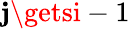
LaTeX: \mathbf{j}\getsi-1